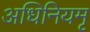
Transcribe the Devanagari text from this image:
अधिनियमृ